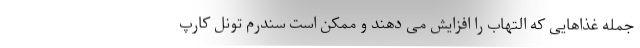
جمله غذاهایی که التهاب را افزایش می دهند و ممکن است سندرم تونل کارپ